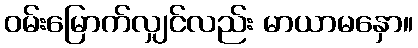
ဝမ်းမြောက်လျှင်လည်း မာယာမနှော။